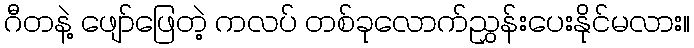
ဂီတနဲ့ ဖျော်ဖြေတဲ့ ကလပ် တစ်ခုလောက်ညွှန်းပေးနိုင်မလား။